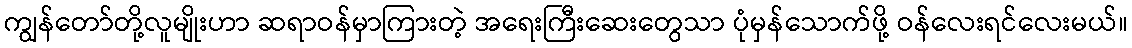
ကျွန်တော်တို့လူမျိုးဟာ ဆရာဝန်မှာကြားတဲ့ အရေးကြီးဆေးတွေသာ ပုံမှန်သောက်ဖို့ ဝန်လေးရင်လေးမယ်။